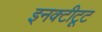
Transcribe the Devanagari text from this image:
इनक्टीटूट